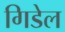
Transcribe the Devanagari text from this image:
गिडेल